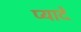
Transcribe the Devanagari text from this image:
प्‍यादे